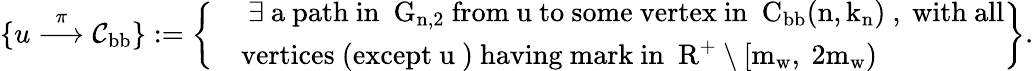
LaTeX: \{ u\overset{\pi}\longrightarrow{\mathcal C}_{\mathrm{bb}}\} :=\left\{ \begin{array}{rl}&{\mathrm{~\exists~a~path~in~{\mathcal~G}_{n,2}~from~u~to~some~vertex~in~{\mathcal~C}_\mathrm{bb}(n,k_n)~,~with~all}}\\ &{\mathrm{vertices~(except~u~)~having~mark~in~{\mathbb~R}^+\setminus[m_w,~2m_w)~}}\end{array}\right\} .